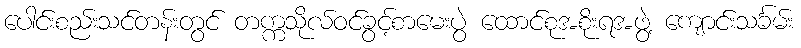
ပေါင်းစည်းသင်တန်းတွင် တက္ကသိုလ်ဝင်ခွင့်စာမေးပွဲ ထောင်စုအစိုးရအဖွဲ့ ကျောင်းသင်္ခမ်း